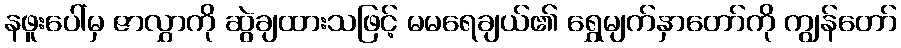
နဖူးပေါ်မှ ဇာလွှာကို ဆွဲချထားသဖြင့် မမရေချယ်၏ ရွှေမျက်နှာတော်ကို ကျွန်တော်